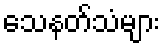
သေနတ်သံများ